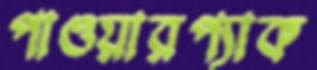
পাওয়ারপ্যাক